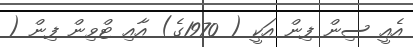
އެއީ ސިން ފިން އަކީ ( 1970ގެ) އާއި ޓްވިން ފިން (